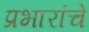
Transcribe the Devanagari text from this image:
प्रभारांचे